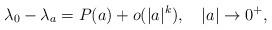
LaTeX: \begin{align*} \lambda_0-\lambda_a=P(a)+o(|a|^k),\quad|a|\to0^+,\end{align*}